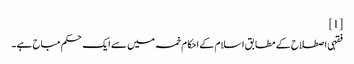
[1]
فقہی اصطلاح کے مطابق اسلام کے احکام خمسہ میں سے ایک حکم مباح ہے ۔